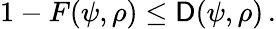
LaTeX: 1-F(\psi,\rho)\leq\mathsf{D}(\psi,\rho)\, .